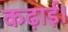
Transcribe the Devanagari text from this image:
कढ़ाई।